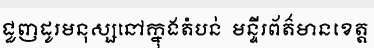
ជួញដូរមនុស្សនៅក្នុងតំបន់  មន្ទីរព័ត៌មានខេត្ត